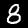
Label: 8